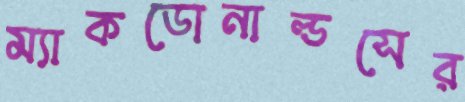
ম্যাকডোনাল্ডসের